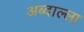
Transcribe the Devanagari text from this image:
अब्दाल्ला